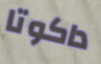
داكوتا